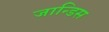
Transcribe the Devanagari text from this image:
जान्डिस